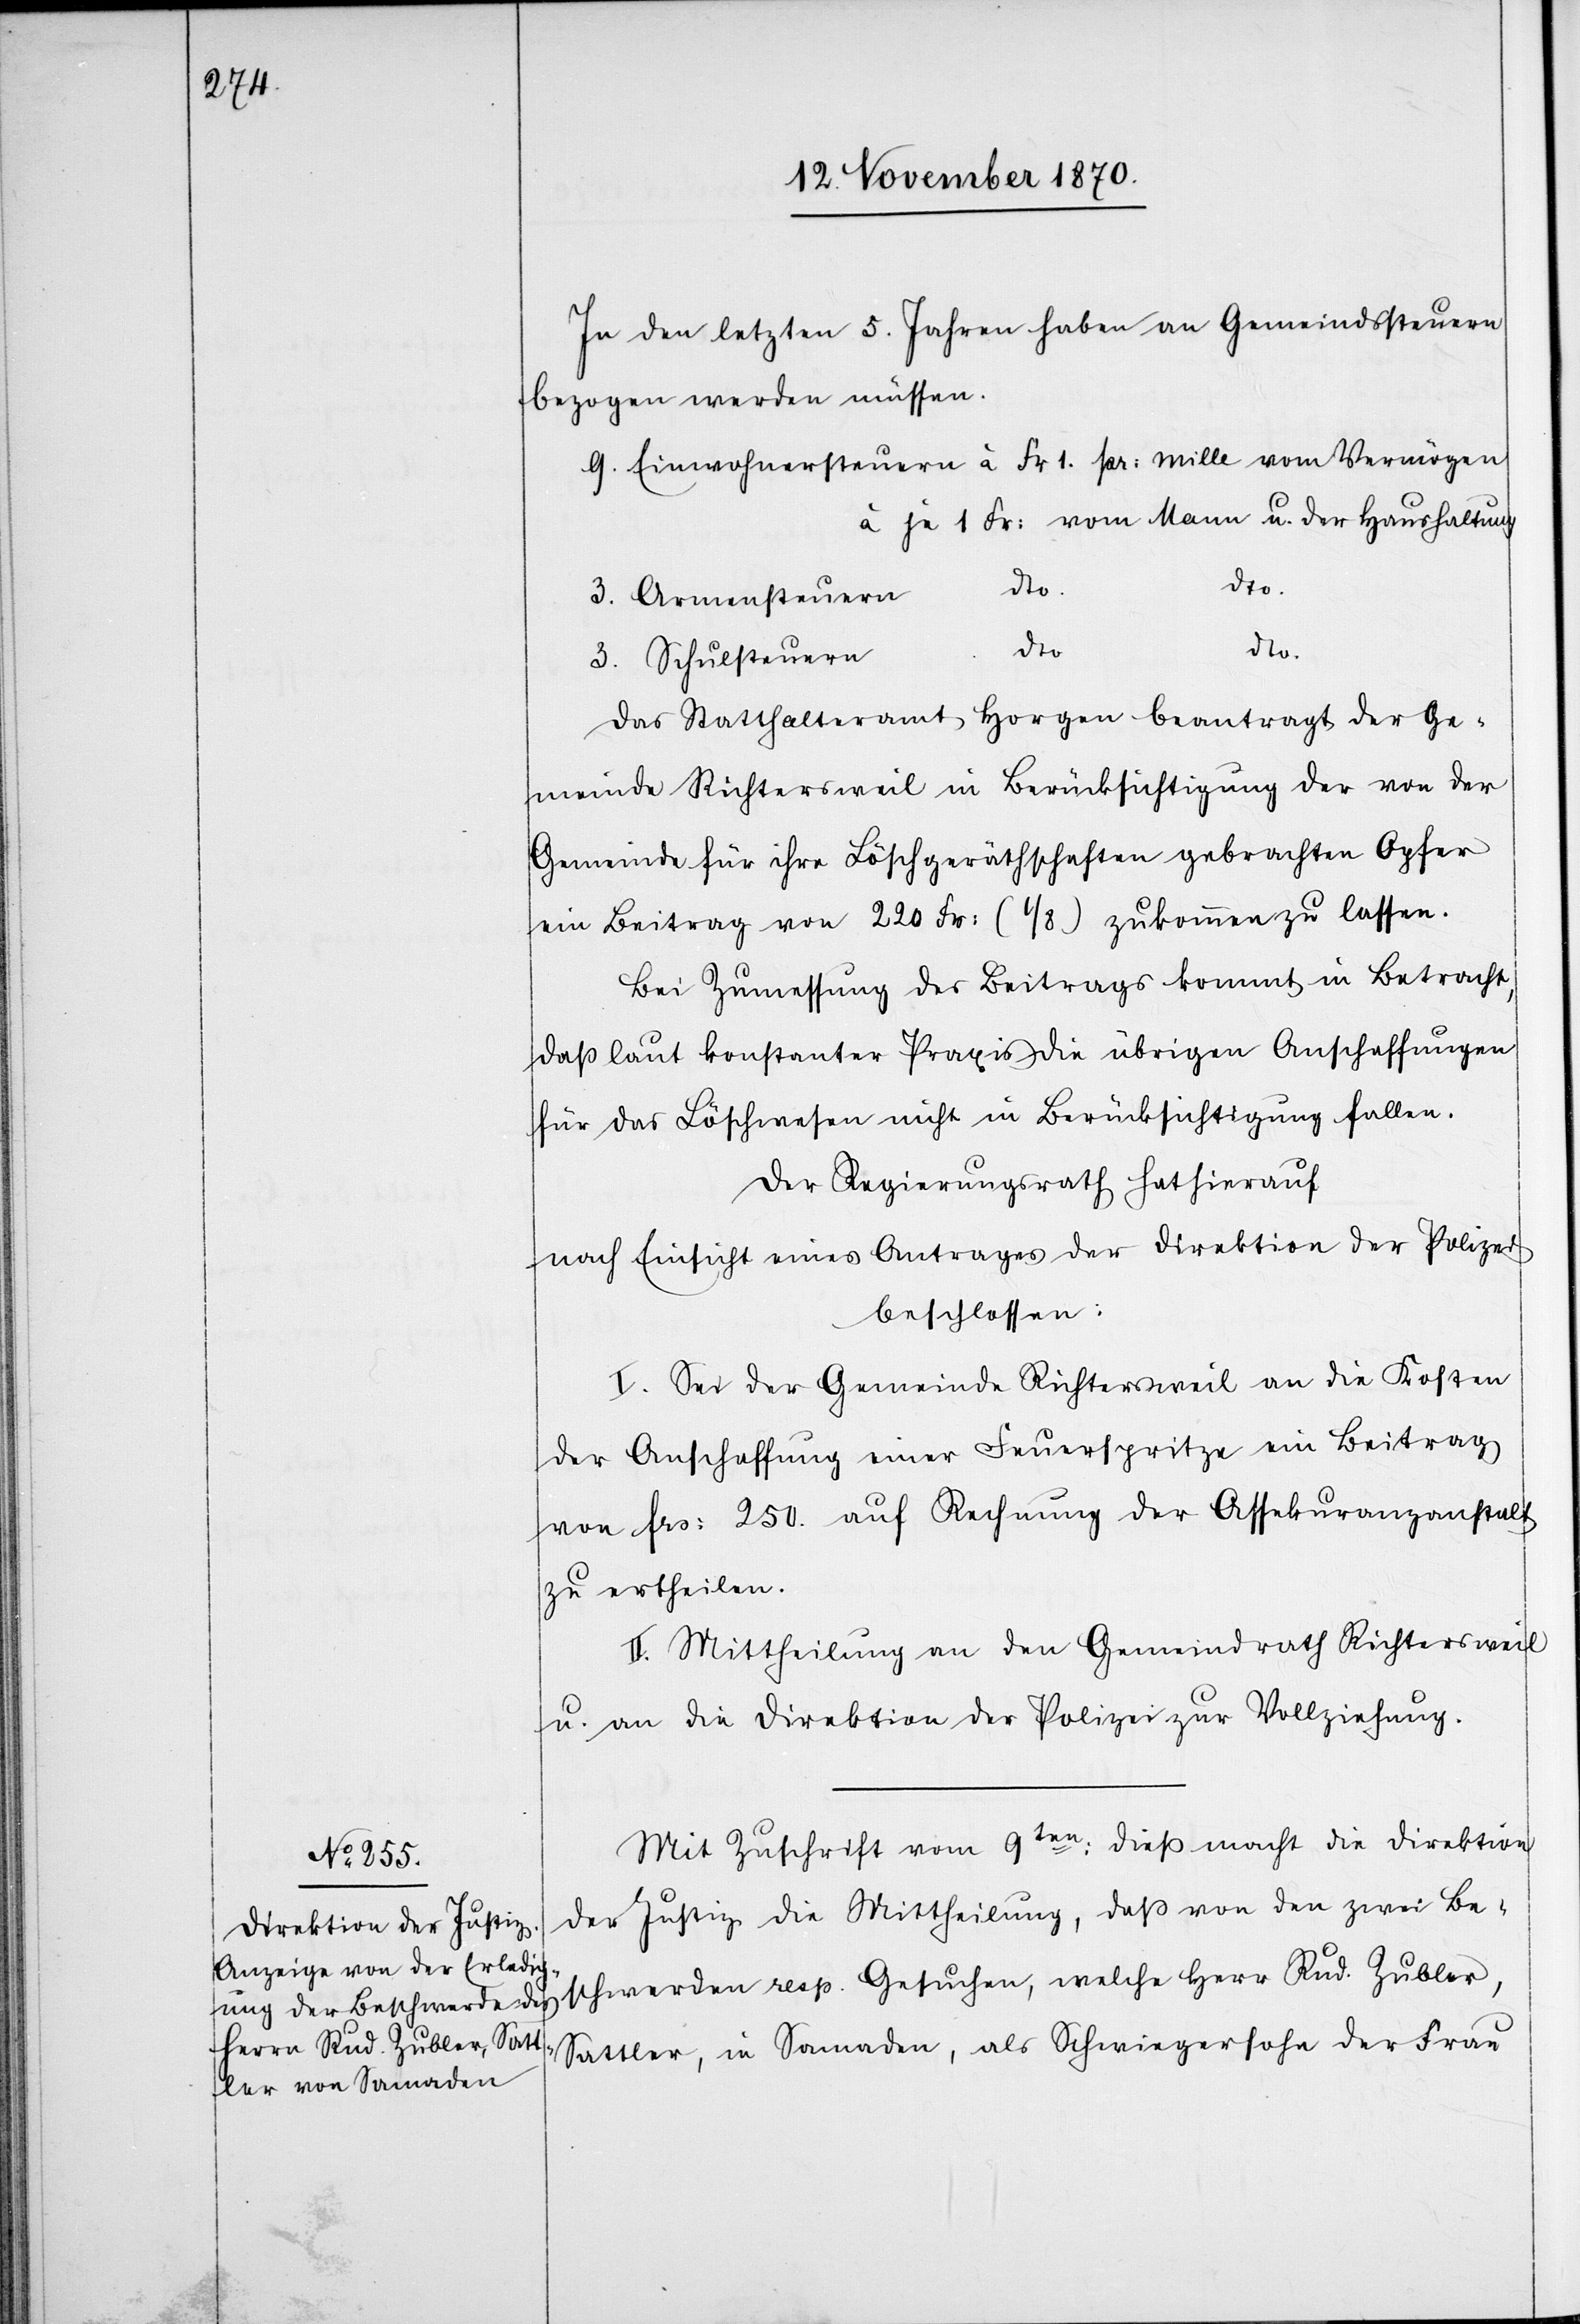
In den letzten 5. Jahren haben an Gemeindsteuern
bezogen werden müssen.
à je 1 Fr: vom Mann u. der Haushaltung
3.
dto.
Das Statthalteramt Horgen beantragt der Ge¬
meinde Richtersweil in Berücksichtigung der von der
Gemeinde für ihre Löschgeräthschaften gebrachten Opfer
ein Beitrag von 220 Fr: (2/8) zukommen zu lassen.
Bei Zumessung des Beitrags kommt in Betracht,
das laut konstanter Praxis die übrigen Anschaffungen
für das Löschwesen nicht in Berücksichtigung fallen.
Der Regierungsrath hat hierauf
nach Einsicht eines Antrages der Direktion der Polizei
beschlossen:
I. Sei der Gemeinde Richtersweil an die Kosten
der Anschaffung einer Feuerspritze ein Beitrag
von Frs: 250. auf Rechnung der Assekuranzanstalt
zu ertheilen.
II. Mittheilung an den Gemeindrath Richtersweil
u. an die Direktion der Polizei zur Vollziehung.
Mit Zuschrift vom 9ten dieß macht die Direktion
der Justiz die Mittheilung, daß von den zwei Be¬
schwerden resp. Gesuchen, welche Herr Rud. Zubler,
Sattler, in Samaden, als Schwiegersohn der Frau